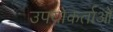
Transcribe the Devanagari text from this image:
उपयोकर्ताओं